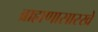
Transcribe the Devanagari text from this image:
ब्राह्मणासारखें